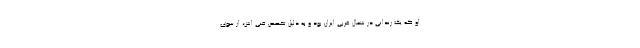
او که یک زندانی در شمال غربی ایران بود و به دلیل تخصص فنی اش، از سوی